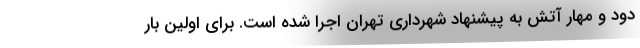
دود و مهار آتش به پیشنهاد شهرداری تهران اجرا شده است. برای اولین بار